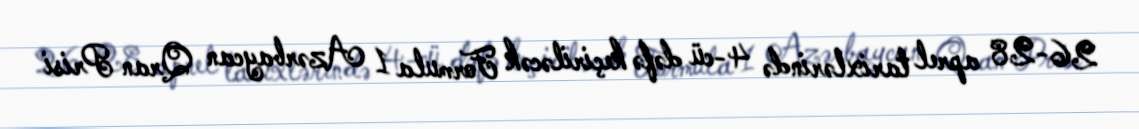
26-28 aprel tarixlərində 4-cü dəfə keçiriləcək Formula 1 Azərbaycan Qran Prisi